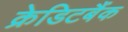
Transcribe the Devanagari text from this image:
क्रेडिटबैंक